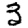
Digit: 3